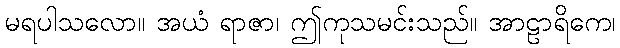
မရပါသလော။ အယံ ရာဇာ၊ ဤကုသမင်းသည်။ အာဠာရိကေ၊